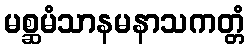
မစ္ဆမံသာနမနာသကတ္တံ